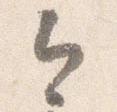
今